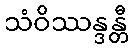
သံဝိဿန္ဒန္တီ